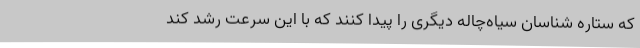
که ستاره شناسان سیاه‌چاله دیگری را پیدا کنند که با این سرعت رشد کند